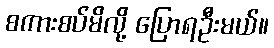
စကားစပ်မိလို့ ပြောရဦးမယ်။